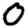
Digit: 0